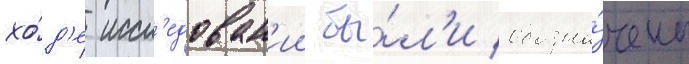
хо́д'е иссл'едован'ии бы́л'и обозна́чены